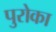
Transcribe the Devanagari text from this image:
पुरोका